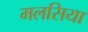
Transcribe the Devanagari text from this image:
मलसिया